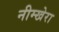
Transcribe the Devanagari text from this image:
नीम्खेरा